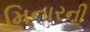
મિનારની